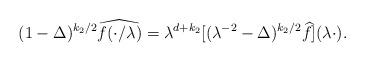
\begin{align*}(1-\Delta)^{k_2/2}\widehat{f(\cdot /\lambda)}=\lambda^{d+k_2}[(\lambda^{-2}-\Delta)^{k_2/2}\widehat{f}](\lambda\cdot).\end{align*}